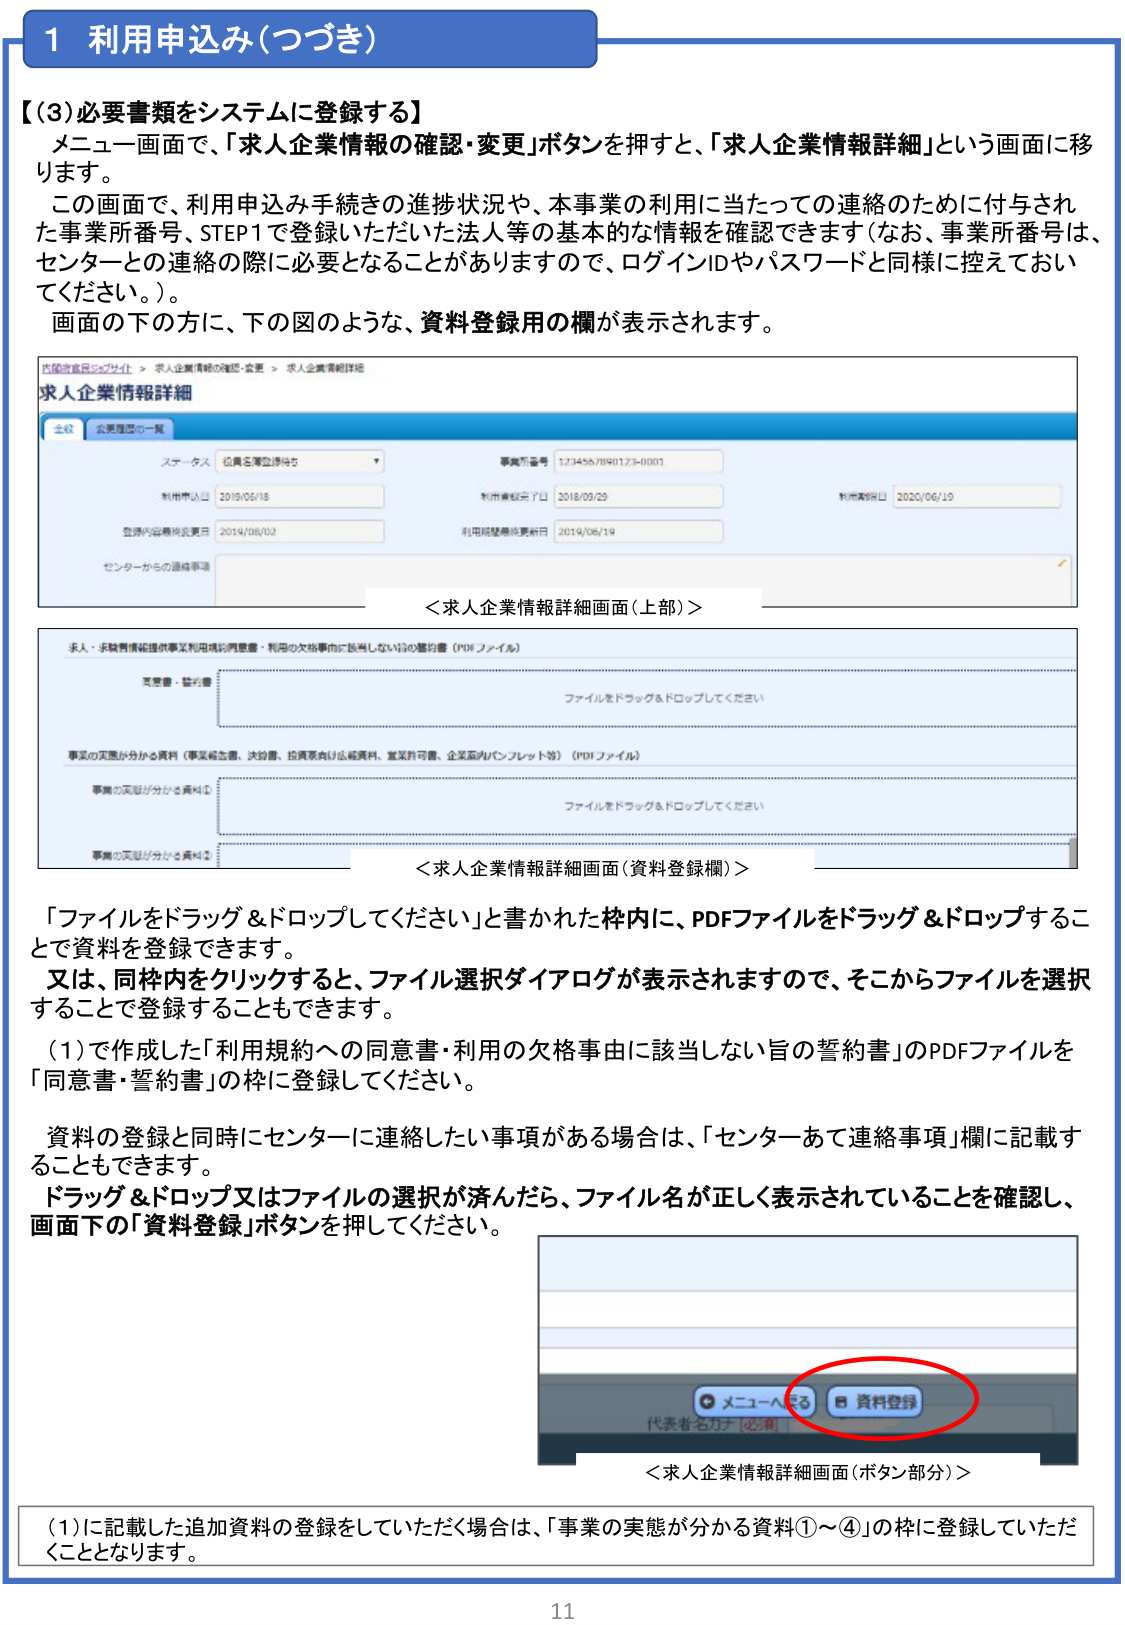
1 利用申込み（つづき）

【(3) 必要書類をシステムに登録する】
メニュー画面で、「求人企業情報の確認・変更」ボタンを押すと、「求人企業情報詳細」という画面に移ります。
この画面で、利用申込み手続きの進捗状況や、本事業の利用に当たっての連絡のために付与された事業所番号、STEP1で登録いただいた法人等の基本的な情報を確認できます（なお、事業所番号は、センターとの連絡の際に必要となることがありますので、ログインIDやパスワードと同様に控えておいてください。）。
画面の下の方に、下の図のような、資料登録用の欄が表示されます。

内閣府官民コラボサイト > 求人企業情報の確認・変更 > 求人企業情報詳細
求人企業情報詳細
全般 | 変更履歴一覧
ステータス： 仮名称立待ち
事業所番号： 3234567890123-00001
利用申込日： 2019/06/18
利用承認完了日： 2018/09/29
利用更新日： 2020/06/19
登録内容最終変更日： 2019/06/02
利用履歴最終更新日： 2019/06/19
センターからの連絡事項：

＜求人企業情報詳細画面（上部）＞

求人・求職者情報提供事業利用規約同意書・利用の欠格事由に該当しない旨の誓約書（PDFファイル）
同意書・誓約書
ファイルをドラッグ＆ドロップしてください

事業の実態が分かる資料（事業所加蓋、決算書、投資家向け広報資料、営業許可書、企業案内パンフレット等）（PDFファイル）
事業の実態が分かる資料①
ファイルをドラッグ＆ドロップしてください
事業の実態が分かる資料②

＜求人企業情報詳細画面（資料登録欄）＞

「ファイルをドラッグ＆ドロップしてください」と書かれた枠内に、PDFファイルをドラッグ＆ドロップすることで資料を登録できます。
又は、同枠内をクリックすると、ファイル選択ダイアログが表示されますので、そこからファイルを選択することで登録することもできます。
(1)で作成した「利用規約への同意書・利用の欠格事由に該当しない旨の誓約書」のPDFファイルを「同意書・誓約書」の枠に登録してください。
資料の登録と同時にセンターに連絡したい事項がある場合は、「センターあて連絡事項」欄に記載することもできます。
ドラッグ＆ドロップ又はファイルの選択が済んだら、ファイル名が正しく表示されていることを確認し、画面下の「資料登録」ボタンを押してください。

メニューへ戻る 資料登録
代表者名カナ（必須）

＜求人企業情報詳細画面（ボタン部分）＞

(1)に記載した追加資料の登録をしていただく場合は、「事業の実態が分かる資料①～④」の枠に登録していただくこととなります。

11